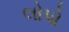
લોપો